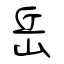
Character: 岳